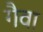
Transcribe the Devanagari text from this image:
गैवा